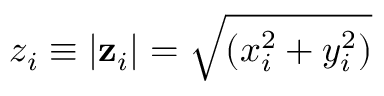
z _ { i } \equiv | \mathbf { z } _ { i } | = \sqrt { ( x _ { i } ^ { 2 } + y _ { i } ^ { 2 } ) }